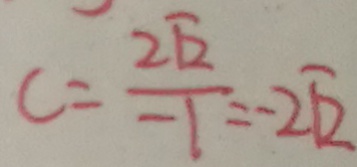
c = \frac { 2 \sqrt { 2 } } { - 1 } = - 2 \sqrt { 2 }